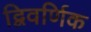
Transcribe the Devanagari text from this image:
द्विवर्णिक